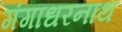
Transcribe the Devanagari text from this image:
गंगाधरनाथ